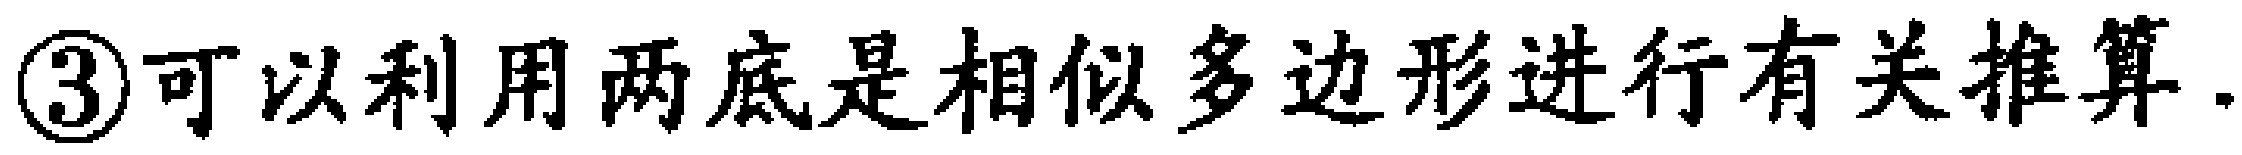
\textcircled{3}可以利用两底是相似多边形进行有关推算.